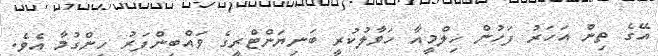
އޭގެ ތިން އަހަރު ފަހުން ހިލްމީއާ ހަވާލުކުރީ ބަނިޔަންޓްރީގެ ވައްބިންފަރު ހިންގުމާ އެވެ.